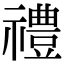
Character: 禮